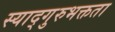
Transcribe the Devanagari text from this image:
स्याद्गुरुभक्तता